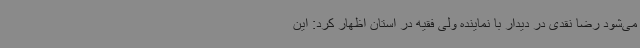
می‌شود رضا نقدی در دیدار با نماینده ولی فقیه در استان اظهار کرد: این